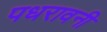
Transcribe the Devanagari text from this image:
पधरावनी